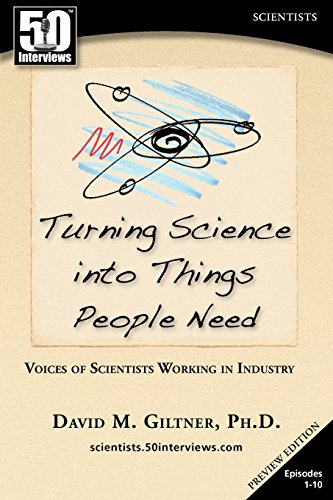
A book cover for Turning Science Into Things People Need: Voices of Scientists Working in Industry; David Giltner; Science & Math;